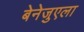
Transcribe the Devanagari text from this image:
बेनेजुएला